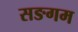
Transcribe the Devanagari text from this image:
सङगम